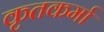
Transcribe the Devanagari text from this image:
कृतकर्मा